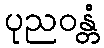
ပုညဝန္တံ